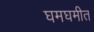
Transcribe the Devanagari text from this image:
घमघमीत